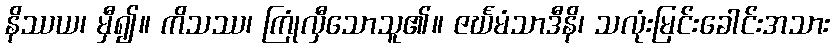
နိဿယ၊ မှီ၍။ ကိသဿ၊ ကြုံလှီသောသူ၏။ ဇင်္ဃမံသာဒီနိ၊ သလုံးမြင်းခေါင်းအသား